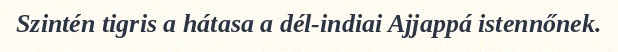
Szintén tigris a hátasa a dél-indiai Ajjappá istennőnek.